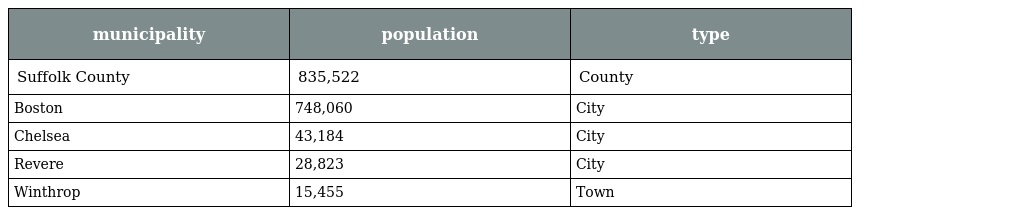
| municipality | population | type |
 | --- | --- | --- |
 | Suffolk County | 835,522 | County |
 | Boston | 748,060 | City |
 | Chelsea | 43,184 | City |
 | Revere | 28,823 | City |
 | Winthrop | 15,455 | Town |